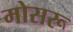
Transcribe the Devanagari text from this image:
मोसरू